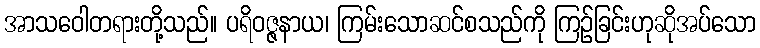
အာသဝေါတရားတို့သည်။ ပရိဝဇ္ဇနာယ၊ ကြမ်းသောဆင်စသည်ကို ကြဉ်ခြင်းဟုဆိုအပ်သော